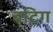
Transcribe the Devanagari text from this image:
बंटिग